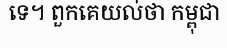
ទេ។ ពួកគេយល់ថា កម្ពុជា